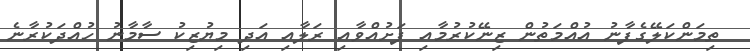
ތިމަންކަލޭގެފާނު އުއްމަތުން ޒިނޭކުރުމާއި ފަށުއްވާއި ރަލާއި އަދި މިޔުޒިކު ސާމާނު ހުއްދަކުރާނެ